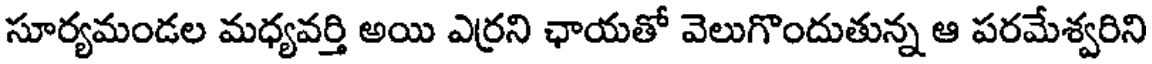
సూర్యమండల మధ్యవర్తి అయి ఎర్రని ఛాయతో వెలుగొందుతున్న ఆ పరమేశ్వరిని